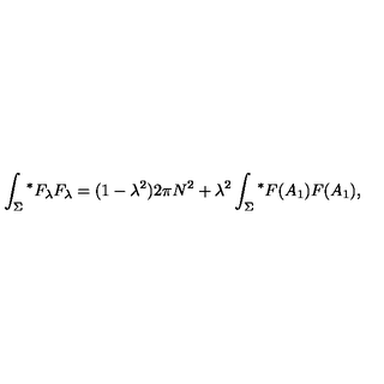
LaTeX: \int _ { \Sigma } { ^ \ast F _ { \lambda } } F _ { \lambda } = ( 1 - { \lambda } ^ { 2 } ) 2 \pi N ^ { 2 } + { \lambda } ^ { 2 } \int _ { \Sigma } { ^ \ast F ( A _ { 1 } ) F ( A _ { 1 } ) } ,